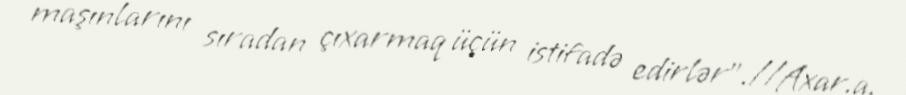
maşınlarını sıradan çıxarmaq üçün istifadə edirlər".//Axar.a.